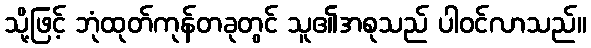
သို့ဖြင့် ဘုံထုတ်ကုန်တခုတွင် သူ၏အစုသည် ပါဝင်လာသည်။